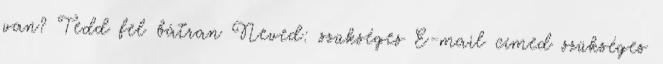
van? Tedd fel bátran Neved: szükséges E-mail címed szükséges